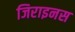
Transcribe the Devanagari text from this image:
जिराइनस